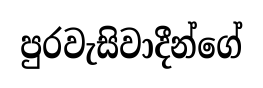
පුරවැසිවාදීන්ගේ